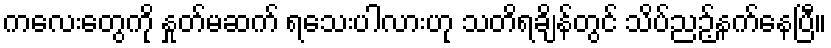
ကလေးတွေကို နှုတ်မဆက် ရသေးပါလားဟု သတိရချိန်တွင် သိပ်ညဉ့်နက်နေပြီ။